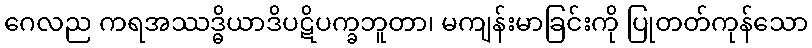
ဂေလည ကရအဿဒ္ဓိယာဒိပဋိပက္ခဘူတာ၊ မကျန်းမာခြင်းကို ပြုတတ်ကုန်သော